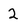
Character: 2